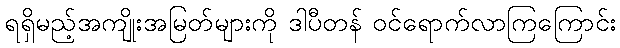
ရရှိမည့်အကျိုးအမြတ်များကို ဒါပီတန် ဝင်ရောက်လာကြကြောင်း